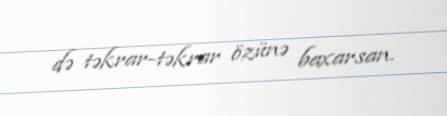
də təkrar-təkrar özünə baxarsan.